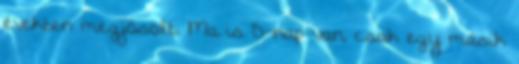
években megjósolt. Ma is D-nap van, csak egy másik